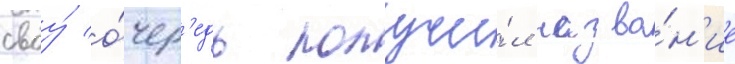
своу́ о́чер'едь получи́л назва́н'ие